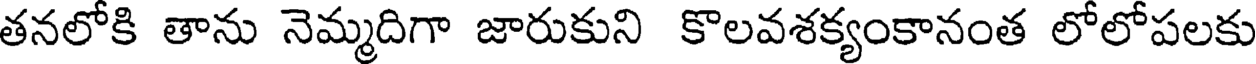
తనలోకి తాను నెమ్మదిగా జారుకుని కొలవశక్యంకానంత లోలోపలకు